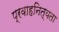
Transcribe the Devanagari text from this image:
प्रवाहनित्यता